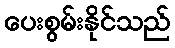
ပေးစွမ်းနိုင်သည်